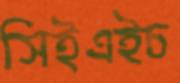
সিইএইচ